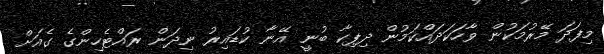
މިފަދަ މޭރުމަކުން ވާހަކަދައްކަމުން ދިޕިކާ ބުނީ އޭނާ ކުޑައިރު ނިދަން ރައްޓެހިންގެ ގެއަށް